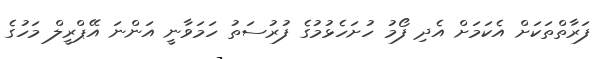
ފަރާތްތަކަށް އެކަމަށް އެދި ފޯމު ހުށަހެޅުމުގެ ފުރުސަތު ހަމަވާނީ އަންނަ އޭޕްރީލް މަހުގެ